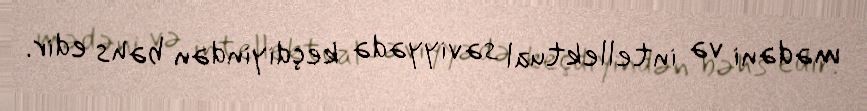
mədəni və intellektual səviyyədə keçdiyindən bəhs edir.